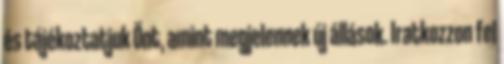
és tájékoztatjuk Önt, amint megjelennek új állások. Iratkozzon fel